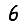
Digit: 6